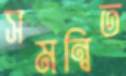
সমন্বিত